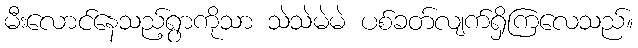
မီးလောင်နေသည့်ရွာကိုသာ သဲသဲမဲမဲ ပစ်ခတ်လျက်ရှိကြလေသည်။